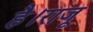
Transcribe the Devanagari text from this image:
है।राजू